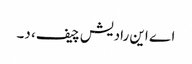
اے این رادیش چیف، د۔